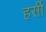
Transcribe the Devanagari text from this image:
हर्सी